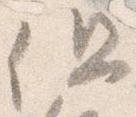
但